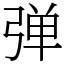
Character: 弹